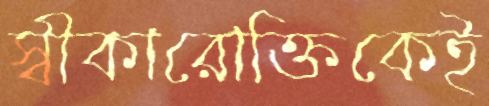
স্বীকারোক্তিকেই